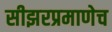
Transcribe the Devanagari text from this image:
सीझरप्रमाणेच